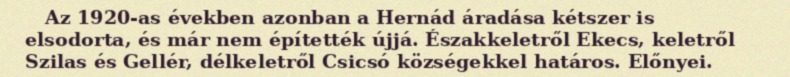
Az 1920-as években azonban a Hernád áradása kétszer is elsodorta, és már nem építették újjá. Északkeletről Ekecs, keletről Szilas és Gellér, délkeletről Csicsó községekkel határos. Előnyei.